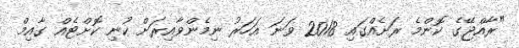
"ރާއްޖޭގެ ކޮންމެ ރަށެއްގައި 2018 ވަނަ އަހަރު ނިމެންވާއިރަށް ކުނި ކޮށްޓެއް ގާއިމް